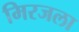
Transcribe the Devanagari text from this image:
मिरजला